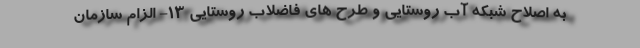
به اصلاح شبکه آب روستایی و طرح های فاضلاب روستایی ۱۳- الزام سازمان